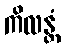
ကိလန္တံ